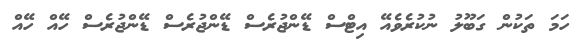
ހަމަ ތަކުން ގަބޫލު ނުކުރެވެއޭ އިޓްސް ޑޭންޖުރެސް ޑޭންޖުރެސް ޑޭންޖުރެސް ހޭއް ހޭއް